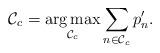
LaTeX: \begin{align*} \setlength{\abovedisplayskip}{4 pt}\setlength{\belowdisplayskip}{4 pt}\mathcal{C}_{c}=\mathop {\arg \max} \limits_{\mathcal{C}_{c}} \sum\limits_{n \in \mathcal{C}_{c} } {{p'_{n}}}.\end{align*}